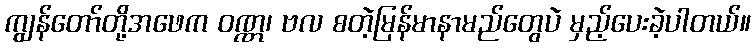
ကျွန်တော်တို့အဖေက ဝဏ္ဏ၊ ဗလ စတဲ့မြန်မာနာမည်တွေပဲ မှည့်ပေးခဲ့ပါတယ်။